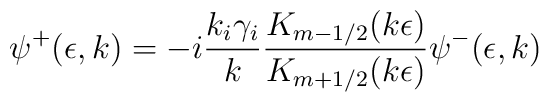
\psi^{+}(\epsilon,k) = -i \frac{k_i \gamma_i}{k} \frac{K_{m-1/2}(k \epsilon)}{K_{m+1/2}(k \epsilon)} \psi^{-}(\epsilon,k)